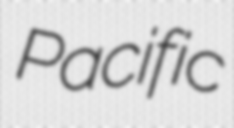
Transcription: Pacific